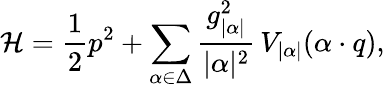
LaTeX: \mathcal{H}={\frac{1}{2}}p^{2}+\sum_{\alpha\in\Delta}{\frac{g_{|\alpha|}^{2}}{|\alpha|^{2}}}\, V_{|\alpha|}(\alpha\cdot q),